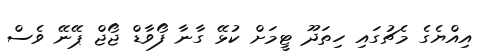
އިއްޔެގެ މެޗުގައި ހިތަދޫ ޓީމަށް ކުޅޭ ގާނާ ފޯވާޑް ޖޯޖް ޕޭނޭ ވެސް